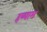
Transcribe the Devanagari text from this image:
हय्याम